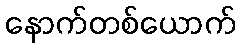
နောက်တစ်ယောက်